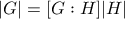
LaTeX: | G | = [ G : H ] | H |